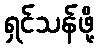
ရှင်သန်ဖို့